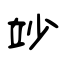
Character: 竗